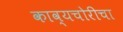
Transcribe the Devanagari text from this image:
काव्यचोरीचा